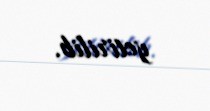
yetirilib.